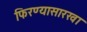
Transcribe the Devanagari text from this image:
फिरण्यासारखा